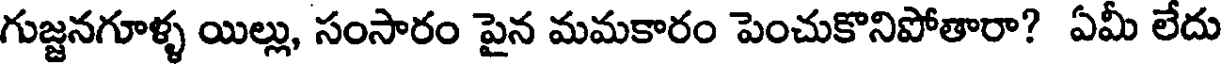
గుజ్జనగూళ్ళ యిల్లు, సంసారం పైన మమకారం పెంచుకొనిపోతారా? ఏమీ లేదు